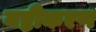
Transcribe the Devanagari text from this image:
नष्टीकरण